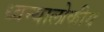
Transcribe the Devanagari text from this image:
ध्वन्यालोकीय